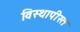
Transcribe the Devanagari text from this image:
विस्थापीस्त